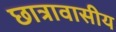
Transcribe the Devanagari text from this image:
छात्रावासीय